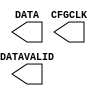
// $Header: /devl/xcs/repo/env/Databases/CAEInterfaces/xec_libs/data/unisims/USR_ACCESSE2.v,v 1.1 2010/11/23 20:34:48 vandanad Exp $
///////////////////////////////////////////////////////
//  Copyright (c) 2009 Xilinx Inc.
//  All Right Reserved.
///////////////////////////////////////////////////////
//
//   ____   ___
//  /   /\/   / 
// /___/  \  /     Vendor      : Xilinx 
// \  \    \/      Version     :  12.1
//  \  \           Description : 
//  /  /                      
// /__/   /\       Filename    : Xilinx Formal Library Component - USR_ACCESSE2.v
// \  \  /  \ 
//  \__\/\__ \                    
//                                 
//  Generated by :	/home/chen/xfoundry/HEAD/env/Databases/CAEInterfaces/LibraryWriters/bin/ltw.pl
//  Revision:		1.0
///////////////////////////////////////////////////////

`timescale 1 ps / 1 ps 

module USR_ACCESSE2 (
  CFGCLK,
  DATA,
  DATAVALID
);

  output CFGCLK;
  output DATAVALID;
  output [31:0] DATA;


endmodule